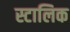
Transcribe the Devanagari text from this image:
स्टालिक